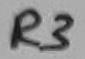
Text: R3